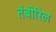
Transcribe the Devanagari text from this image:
तंबोरिल